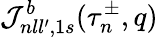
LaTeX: {\cal J}_{nll^{\prime},1s}^{b}(\tau_{n}^{\pm},q)